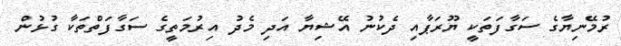
ރުމޭނިޔާގެ ސަގާފަތަކީ ޔޫރަޕާއި ދެކުނު އޭޝިޔާ އަދި މެދު އިރުމަތީގެ ސަގާފަތްތަކާ ގުޅުން